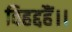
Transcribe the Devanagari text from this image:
विहद्दहैं।।